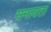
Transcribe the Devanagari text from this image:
समायता